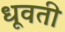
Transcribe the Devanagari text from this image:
धूवती